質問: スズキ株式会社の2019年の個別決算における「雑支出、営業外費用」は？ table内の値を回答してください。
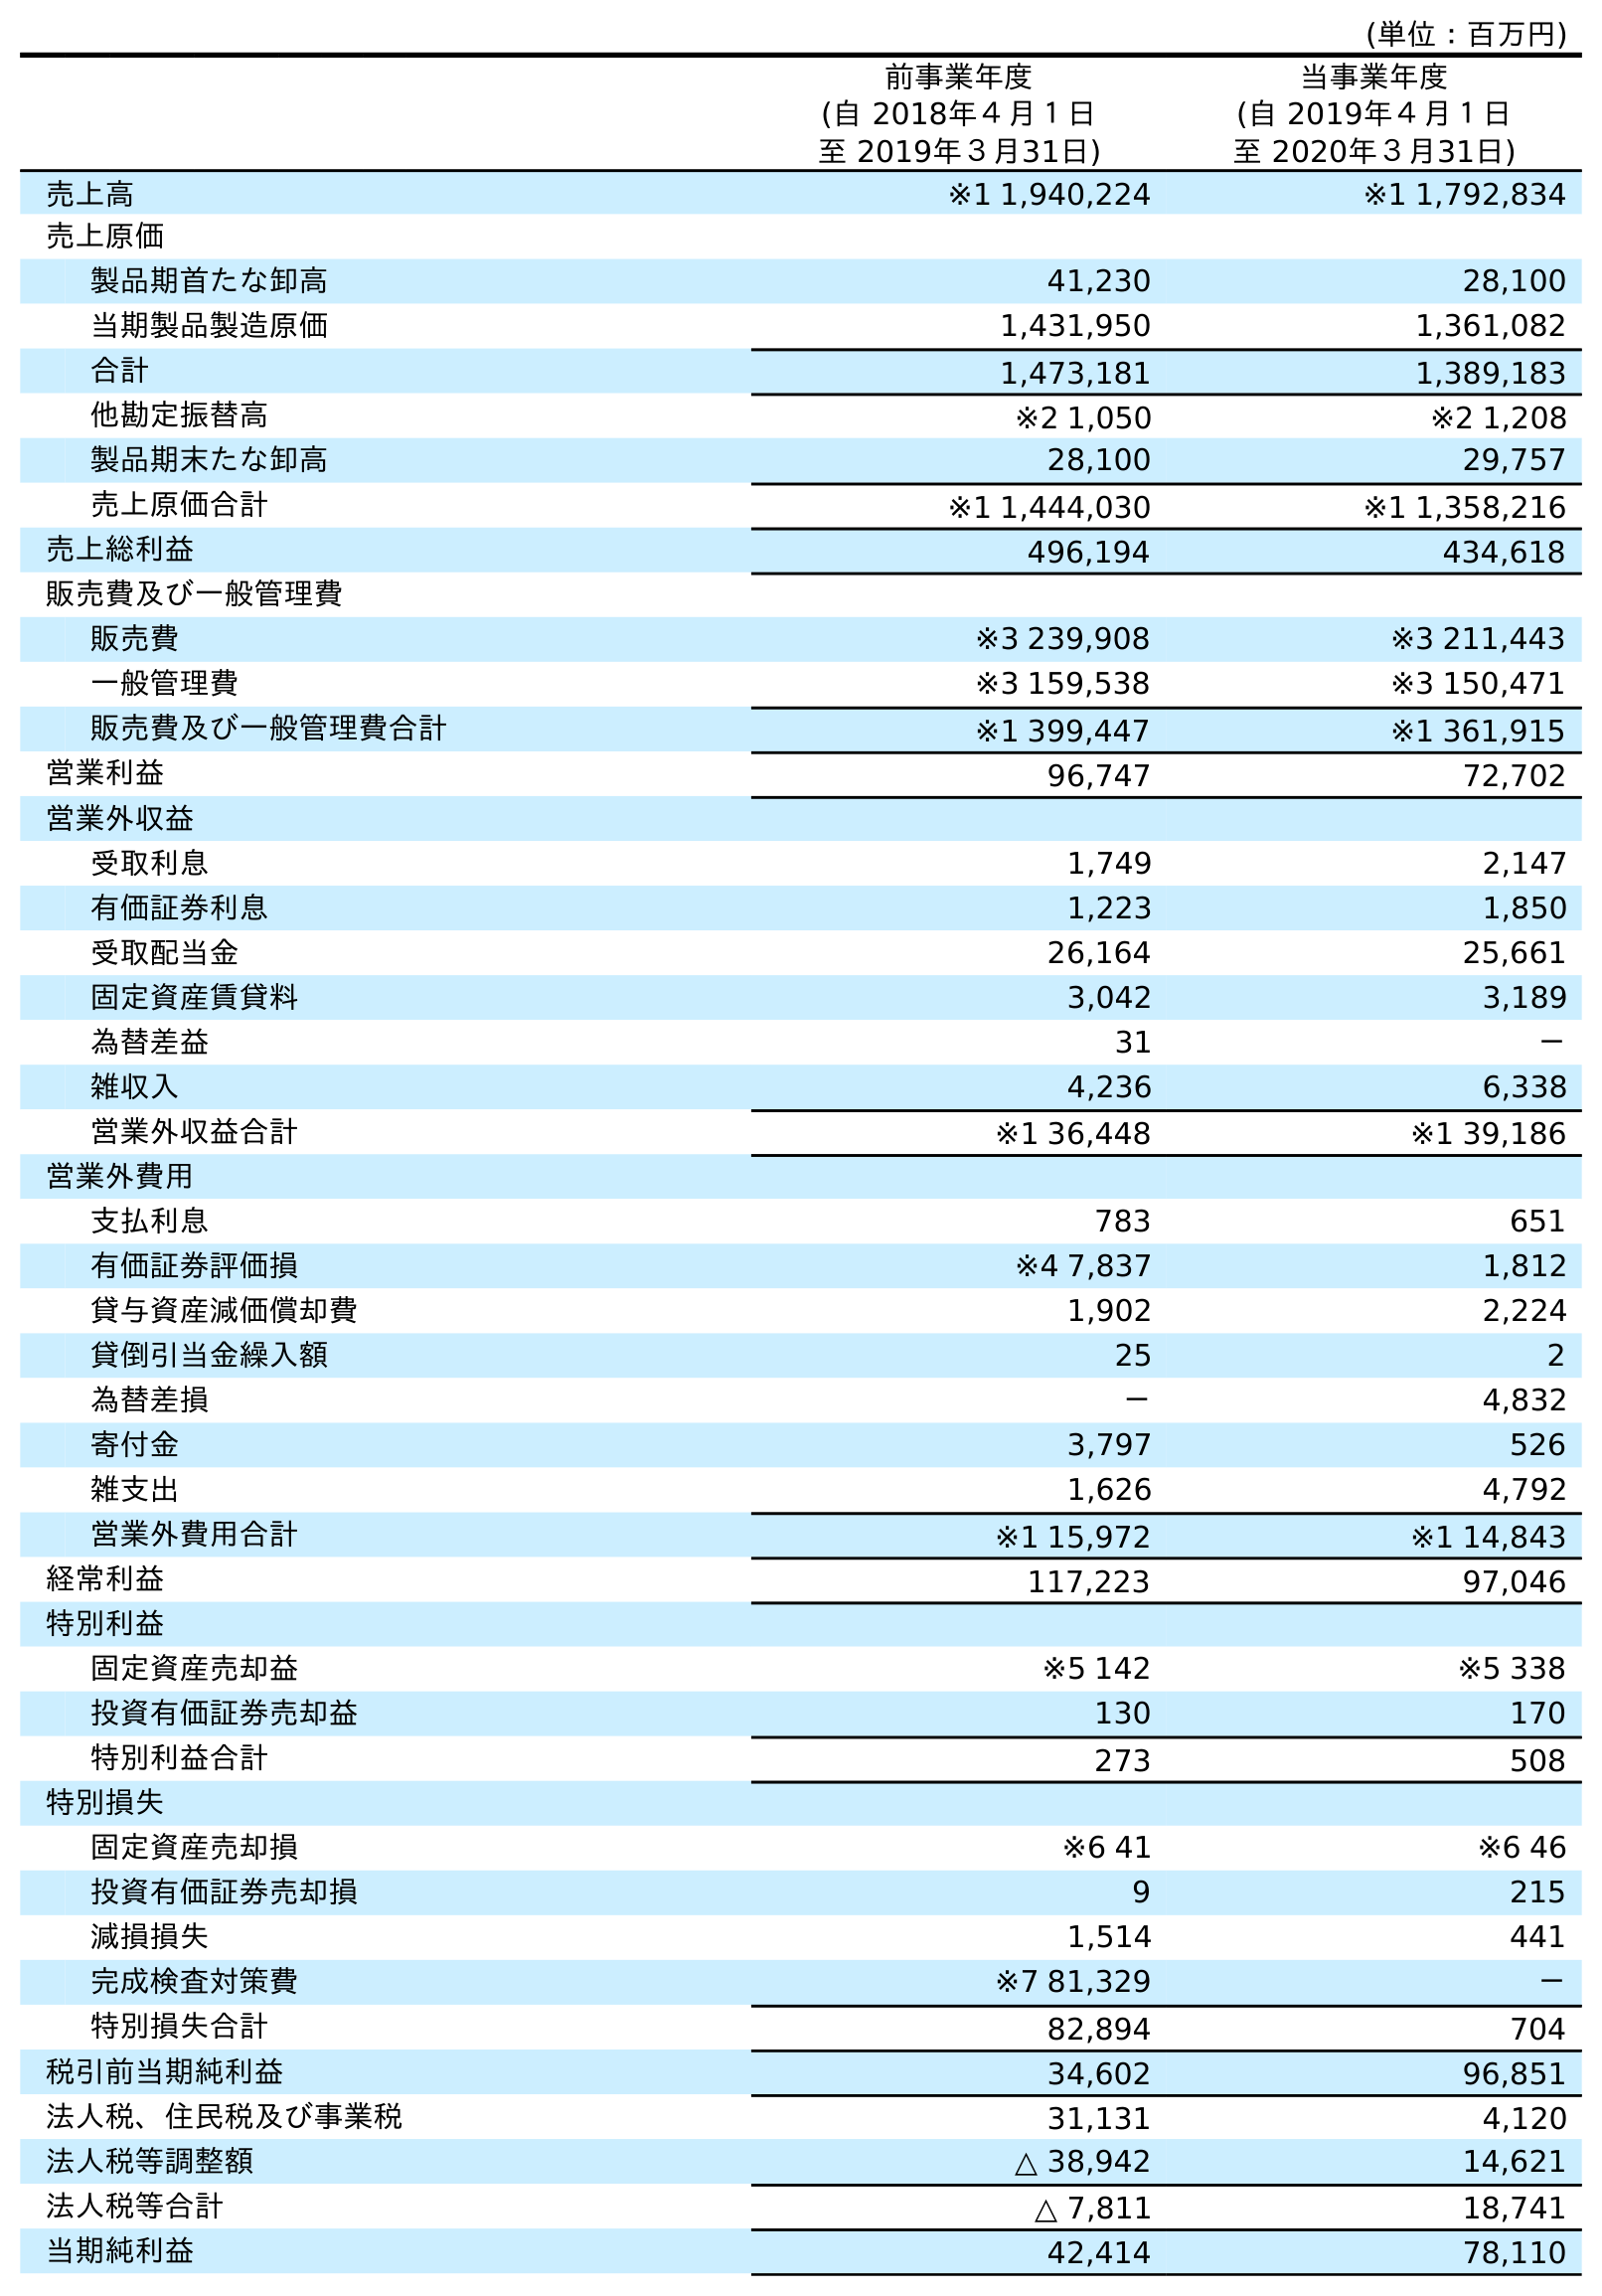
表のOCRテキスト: (単位：百万円) 前事業年度 (自 2018年４月１日 至 2019年３月31日) 当事業年度 (自 2019年４月１日 至 2020年３月31日) 売上高 ※1 1,940,224 ※1 1,792,834 売上原価 製品期首たな卸高 41,230 28,100 当期製品製造原価 1,431,950 1,361,082 合計 1,473,181 1,389,183 他勘定振替高 ※2 1,050 ※2 1,208 製品期末たな卸高 28,100 29,757 売上原価合計 ※1 1,444,030 ※1 1,358,216 売上総利益 496,194 434,618 販売費及び一般管理費 販売費 ※3 239,908 ※3 211,443 一般管理費 ※3 159,538 ※3 150,471 販売費及び一般管理費合計 ※1 399,447 ※1 361,915 営業利益 96,747 72,702 営業外収益 受取利息 1,749 2,147 有価証券利息 1,223 1,850 受取配当金 26,164 25,661 固定資産賃貸料 3,042 3,189 為替差益 31 － 雑収入 4,236 6,338 営業外収益合計 ※1 36,448 ※1 39,186 営業外費用 支払利息 783 651 有価証券評価損 ※4 7,837 1,812 貸与資産減価償却費 1,902 2,224 貸倒引当金繰入額 25 2 為替差損 － 4,832 寄付金 3,797 526 雑支出 1,626 4,792 営業外費用合計 ※1 15,972 ※1 14,843 経常利益 117,223 97,046 特別利益 固定資産売却益 ※5 142 ※5 338 投資有価証券売却益 130 170 特別利益合計 273 508 特別損失 固定資産売却損 ※6 41 ※6 46 投資有価証券売却損 9 215 減損損失 1,514 441 完成検査対策費 ※7 81,329 － 特別損失合計 82,894 704 税引前当期純利益 34,602 96,851 法人税、住民税及び事業税 31,131 4,120 法人税等調整額 △ 38,942 14,621 法人税等合計 △ 7,811 18,741 当期純利益 42,414 78,110
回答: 1,626